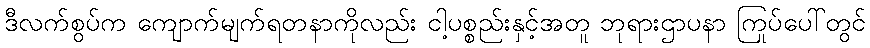
ဒီလက်စွပ်က ကျောက်မျက်ရတနာကိုလည်း ငါ့ပစ္စည်းနှင့်အတူ ဘုရားဌာပနာ ကြုပ်ပေါ်တွင်